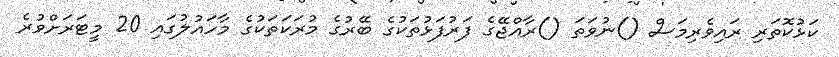
ކަޅުކޮތަރި ރައިވެރިމަސް ()ނުވަތަ ()ރާއްޖޭގެ ފަރުފަޅުތަކުގެ ބޭރުގެ މުރަކަތަކުގެ މާހައުލުގައި 20 މީޓަރަށްވުރެ